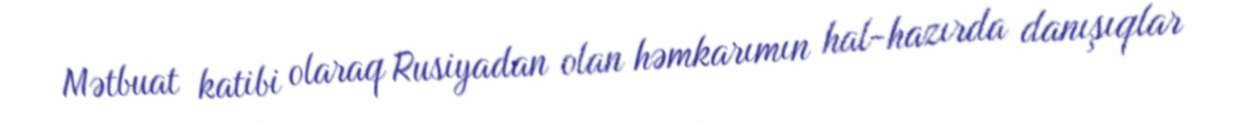
Mətbuat katibi olaraq Rusiyadan olan həmkarımın hal-hazırda danışıqlar